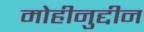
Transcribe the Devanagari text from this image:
मोहीनुद्दीन